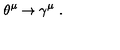
\theta ^ { \mu } \rightarrow \gamma ^ { \mu } \ .